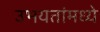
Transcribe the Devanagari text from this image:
उभयतांमध्ये